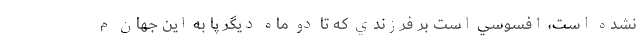
نشده است، افسوسي است بر فرزندي كه تا دو ماه ديگر پا به اين جهان م